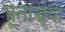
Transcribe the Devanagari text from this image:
भूताच्या